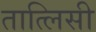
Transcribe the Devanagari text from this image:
तात्लिसी